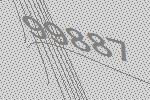
99887